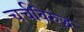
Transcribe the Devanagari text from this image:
चर्चविरुद्ध